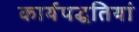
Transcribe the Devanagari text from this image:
कार्यपद्धतियां